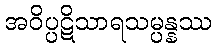
အဝိပ္ပဋိသာရသမ္ပန္နဿ